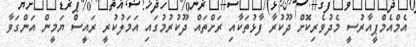
އެމްއެމްޕީއާރުސީ މެދުވެރިކޮށް ދޫކުރާ ފާޅުތަކާއި ރަށްތައް ދޫކުރުމުގައި އަމަލުކުރީ ރައީސް ޔަމީން އަންގަވާ